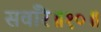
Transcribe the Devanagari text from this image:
सवाँरे॥१०॥